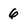
Character: 6